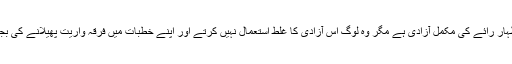
بعد میں معلوم ہوا کہ ترکی میں مساجد کے ائمہ کو اظہار رائے کی مکمل آزادی ہے مگر وہ لوگ اس آزادی کا غلط استعمال نہیں کرتے اور اپنے خطبات میں فرقہ واریت پھیلانے کی بجائے معاشرے کی اصلاح کو اپنا موضوع بناتے ہیں ۔